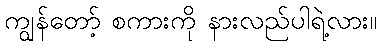
ကျွန်တော့် စကားကို နားလည်ပါရဲ့လား။